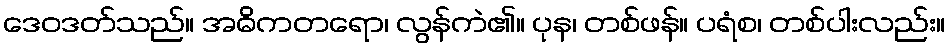
ဒေဝဒတ်သည်။ အဓိကတရော၊ လွန်ကဲ၏။ ပုန၊ တစ်ဖန်။ ပရံစ၊ တစ်ပါးလည်း။